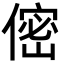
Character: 㑻